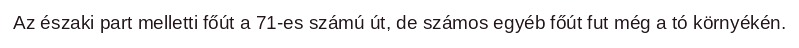
Az északi part melletti főút a 71-es számú út, de számos egyéb főút fut még a tó környékén.